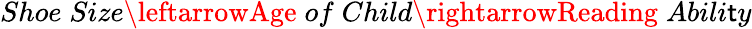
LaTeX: Shoe\; Size\leftarrowAge\; of\; Child\rightarrowReading\; Abili\mathsf{t}y